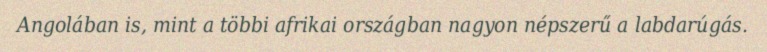
Angolában is, mint a többi afrikai országban nagyon népszerű a labdarúgás.